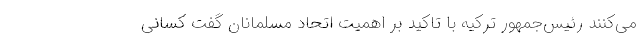
می‌کنند رئیس‌جمهور ترکیه با تاکید بر اهمیت اتحاد مسلمانان گفت کسانی